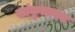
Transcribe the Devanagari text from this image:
सांकृतायन